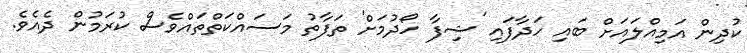
ކުދިން އަމިއްލައަށް ބައި ހަދާފައި 'ޝިފާ ހޯދުމަށް' ތަފާތު މަސައްކަތްތައްވެސް ކުރަމުން ދެއެވެ.